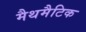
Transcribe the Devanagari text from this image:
मैथमैटिक